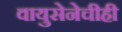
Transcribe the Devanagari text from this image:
वायुसेनेचीही